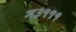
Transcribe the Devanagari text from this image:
ग३१११